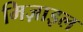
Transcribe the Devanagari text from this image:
मिज़ाइल